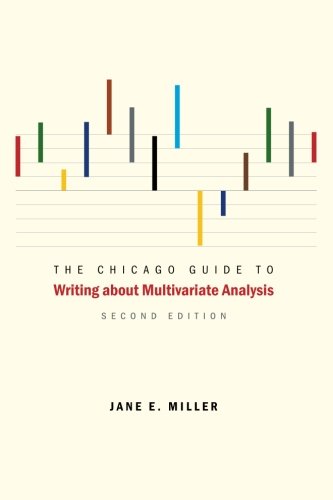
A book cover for The Chicago Guide to Writing about Multivariate Analysis, Second Edition (Chicago Guides to Writing, Editing, and Publishing); Jane E. Miller; Reference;